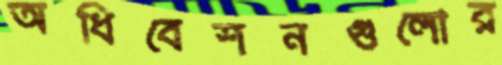
অধিবেশনগুলোর